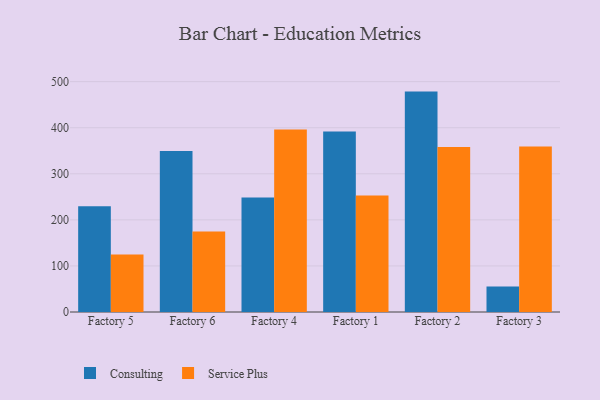
{"axis": {"x": "Factory", "y": "Satisfaction Score"}, "legend": ["Consulting", "Service Plus"], "data": [{"x": "Factory 5", "y": 229.7, "type": "Consulting"}, {"x": "Factory 5", "y": 125.0, "type": "Service Plus"}, {"x": "Factory 6", "y": 349.2, "type": "Consulting"}, {"x": "Factory 6", "y": 174.9, "type": "Service Plus"}, {"x": "Factory 4", "y": 248.5, "type": "Consulting"}, {"x": "Factory 4", "y": 395.9, "type": "Service Plus"}, {"x": "Factory 1", "y": 391.7, "type": "Consulting"}, {"x": "Factory 1", "y": 253.0, "type": "Service Plus"}, {"x": "Factory 2", "y": 478.4, "type": "Consulting"}, {"x": "Factory 2", "y": 358.2, "type": "Service Plus"}, {"x": "Factory 3", "y": 55.6, "type": "Consulting"}, {"x": "Factory 3", "y": 359.3, "type": "Service Plus"}]}